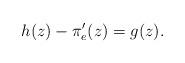
LaTeX: \begin{align*}h(z)-\pi_{e}'(z)=g(z).\end{align*}